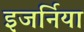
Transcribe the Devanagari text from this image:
इजर्निया